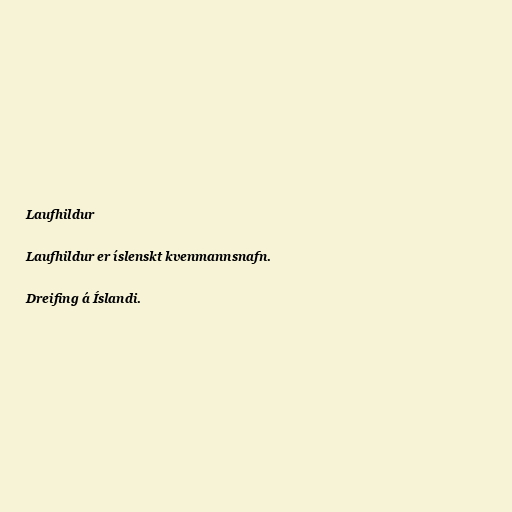
Laufhildur

Laufhildur er íslenskt kvenmannsnafn.

Dreifing á Íslandi.